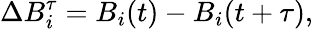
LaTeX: \Delta B_{i}^{\tau}=B_{i}(t)-B_{i}(t+\tau),